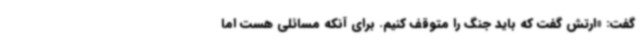
گفت: «ارتش گفت که باید جنگ را متوقف کنیم. برای آنکه مسائلی هست اما